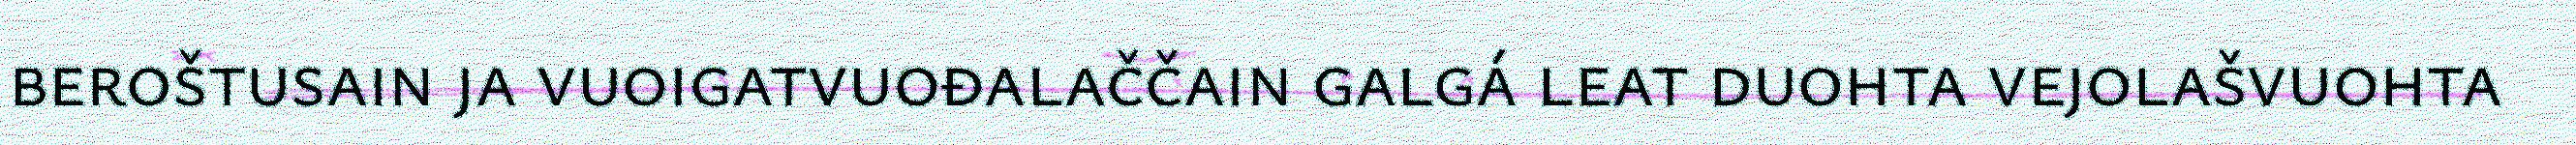
beroštusain ja vuoigatvuođalaččain galgá leat duohta vejolašvuohta